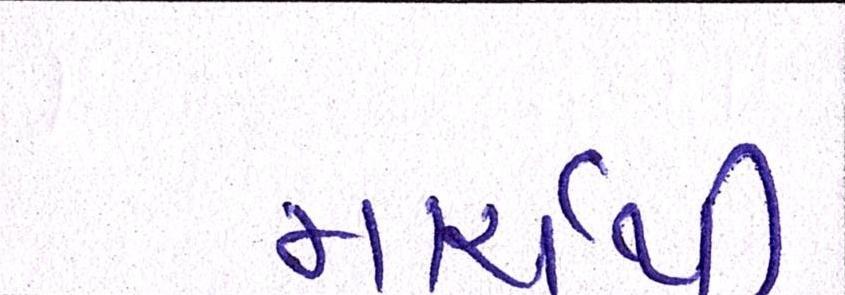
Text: માર્ચથી